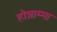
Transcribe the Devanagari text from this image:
होन्नाम्मा